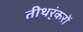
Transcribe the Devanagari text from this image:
तीथर्ंकरों